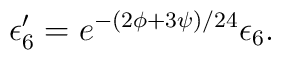
\epsilon'_6 = e^{-(2\phi+3\psi)/24} \epsilon_6.